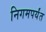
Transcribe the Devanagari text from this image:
निगमपर्यंत